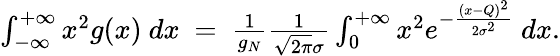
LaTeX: \begin{array}{r}{\int_{-\infty}^{+\infty}x^{2}g(x)\ dx\ =\ \frac{1}{g_{N}}\frac{1}{\sqrt{2\pi}\sigma}\int_{0}^{+\infty}x^{2}e^{-\frac{(x-Q)^{2}}{2\sigma^{2}}}\ dx.}\end{array}